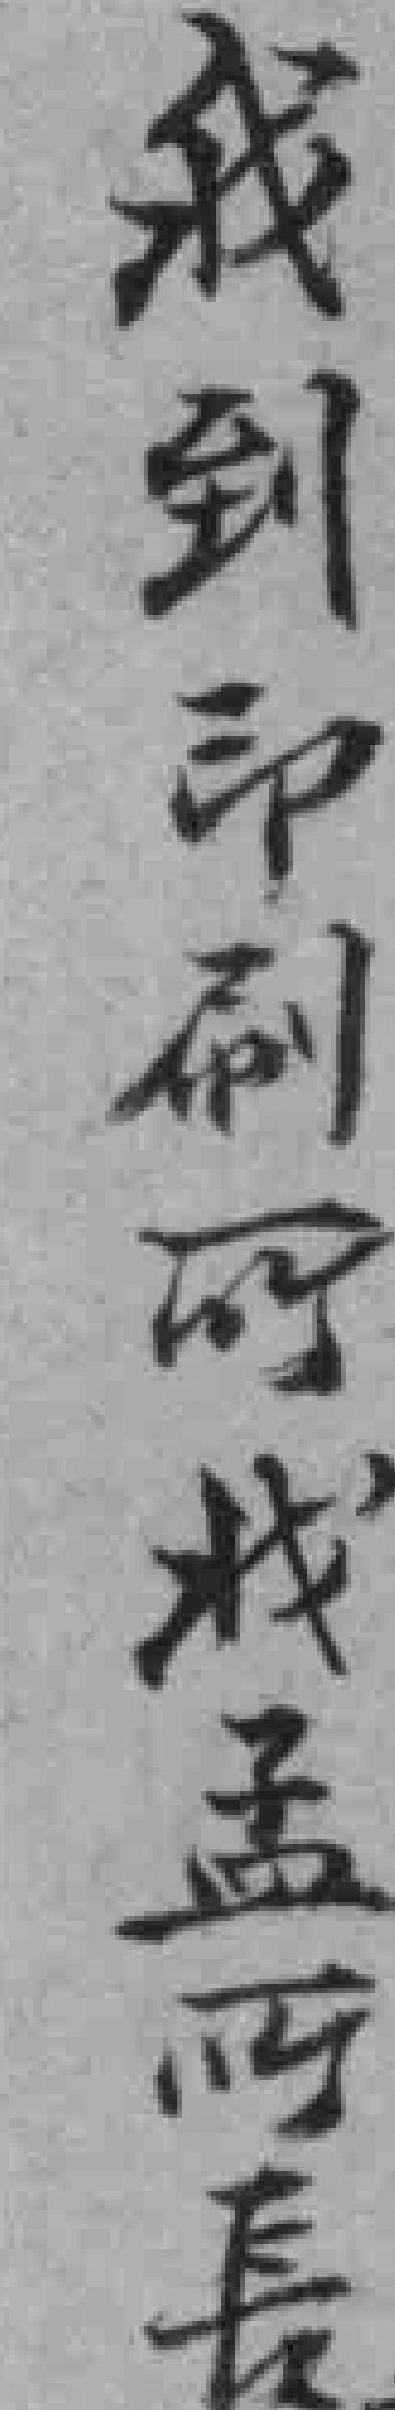
我到印刷所找孟所長